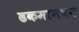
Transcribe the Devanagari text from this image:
ढकमानघन